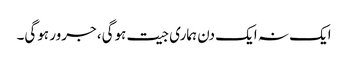
ایک نہ ایک دن ہماری جیت ہوگی، جرور ہوگی۔